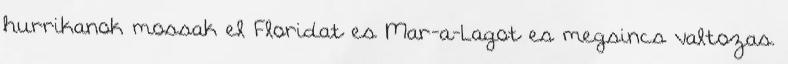
hurrikanok mossak el Floridat es Mar-a-Lagot es megsincs valtozas.